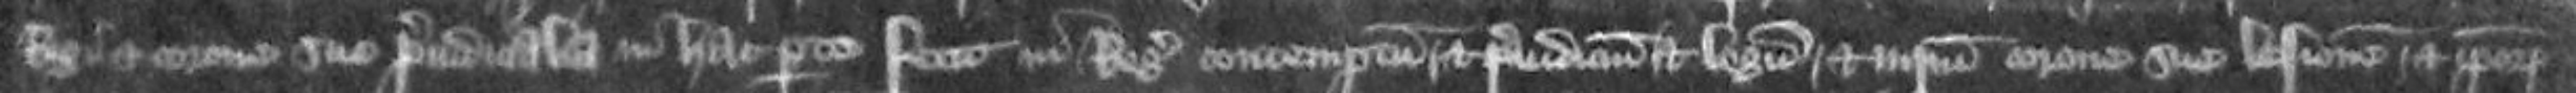
Regis et corone sue preiudicalia in hac parte fecit in Regis contemptum et preiudicium et legem et iurium corone sue lesionem et ipsorum